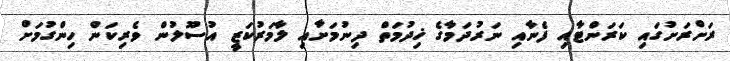
ރަށްރަށުގައި ކަރަންޓާއި ފެނާއި ނަރުދަމާގެ ޚިދުމަތް ދިނުމަށާއި ލާމަރުކަޒީ އުސޫލުން ވެރިކަން ހިންގުމަށް